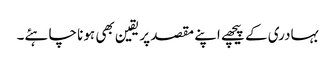
بہادری کے پیچھے اپنے مقصد پر یقین بھی ہونا چاہئے۔